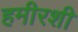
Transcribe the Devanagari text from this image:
हमीरशी